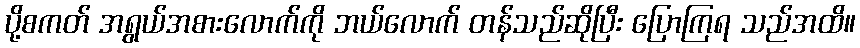
ပို့စကတ် အရွယ်အစားလောက်ကို ဘယ်လောက် တန်သည်ဆိုပြီး ပြောကြရ သည်အထိ။